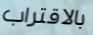
بالاقتراب